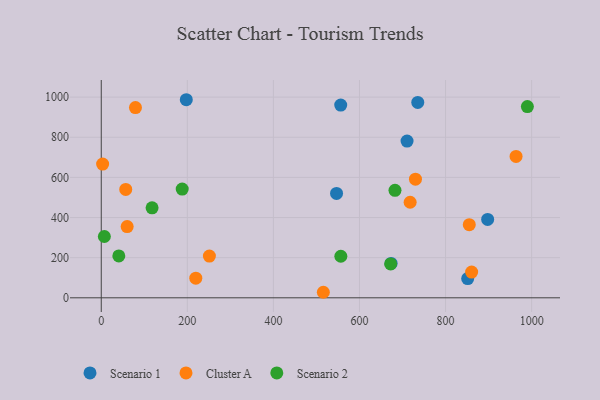
{"axis": {"x": "Study Hours", "y": "Salary"}, "legend": ["Cluster A", "Scenario 1", "Scenario 2"], "data": [{"x": "546.7", "y": 520.3, "type": "Scenario 1"}, {"x": "851.4", "y": 95.9, "type": "Scenario 1"}, {"x": "673.5", "y": 171.3, "type": "Scenario 1"}, {"x": "197.6", "y": 987.0, "type": "Scenario 1"}, {"x": "556.4", "y": 960.3, "type": "Scenario 1"}, {"x": "735.4", "y": 973.3, "type": "Scenario 1"}, {"x": "710.5", "y": 781.0, "type": "Scenario 1"}, {"x": "897.8", "y": 390.6, "type": "Scenario 1"}, {"x": "516.0", "y": 27.6, "type": "Cluster A"}, {"x": "3.2", "y": 666.3, "type": "Cluster A"}, {"x": "730.1", "y": 590.9, "type": "Cluster A"}, {"x": "251.3", "y": 207.9, "type": "Cluster A"}, {"x": "219.7", "y": 98.0, "type": "Cluster A"}, {"x": "79.5", "y": 947.7, "type": "Cluster A"}, {"x": "855.1", "y": 364.5, "type": "Cluster A"}, {"x": "717.7", "y": 476.1, "type": "Cluster A"}, {"x": "56.9", "y": 540.0, "type": "Cluster A"}, {"x": "860.6", "y": 128.4, "type": "Cluster A"}, {"x": "60.2", "y": 355.2, "type": "Cluster A"}, {"x": "963.8", "y": 704.4, "type": "Cluster A"}, {"x": "188.1", "y": 541.6, "type": "Scenario 2"}, {"x": "682.5", "y": 535.8, "type": "Scenario 2"}, {"x": "7.2", "y": 305.4, "type": "Scenario 2"}, {"x": "672.4", "y": 168.9, "type": "Scenario 2"}, {"x": "40.8", "y": 208.5, "type": "Scenario 2"}, {"x": "990.1", "y": 952.9, "type": "Scenario 2"}, {"x": "118.1", "y": 448.4, "type": "Scenario 2"}, {"x": "556.7", "y": 207.1, "type": "Scenario 2"}]}